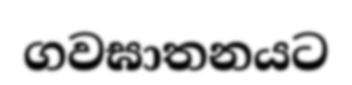
ගවඝාතනයට